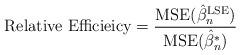
LaTeX: \begin{align*}\mbox{Relative Efficieicy} = \frac{\mbox{MSE}(\hat{\beta}_n^{\textrm{LSE}})}{\mbox{MSE}(\hat{\beta}_n^{*})}\end{align*}